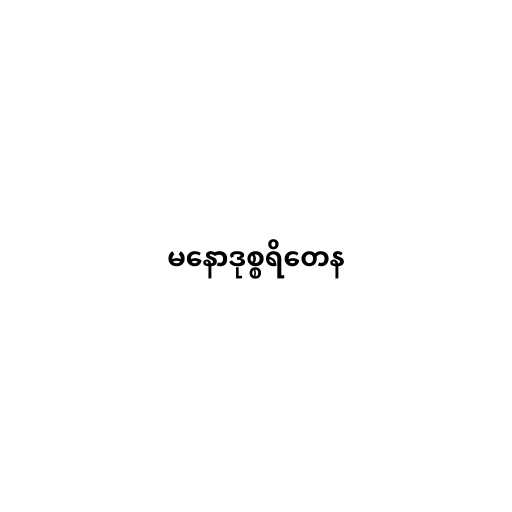
မနောဒုစ္စရိတေန